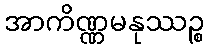
အာကိဏ္ဏမနုဿဉ္စ